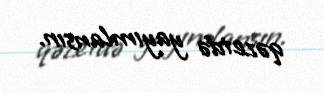
qəzetdə yayımlansın.